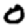
Digit: 0